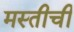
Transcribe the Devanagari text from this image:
मस्तीची